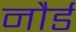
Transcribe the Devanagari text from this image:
नौर्ड